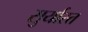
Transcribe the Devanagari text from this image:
सुर्यास्‍त